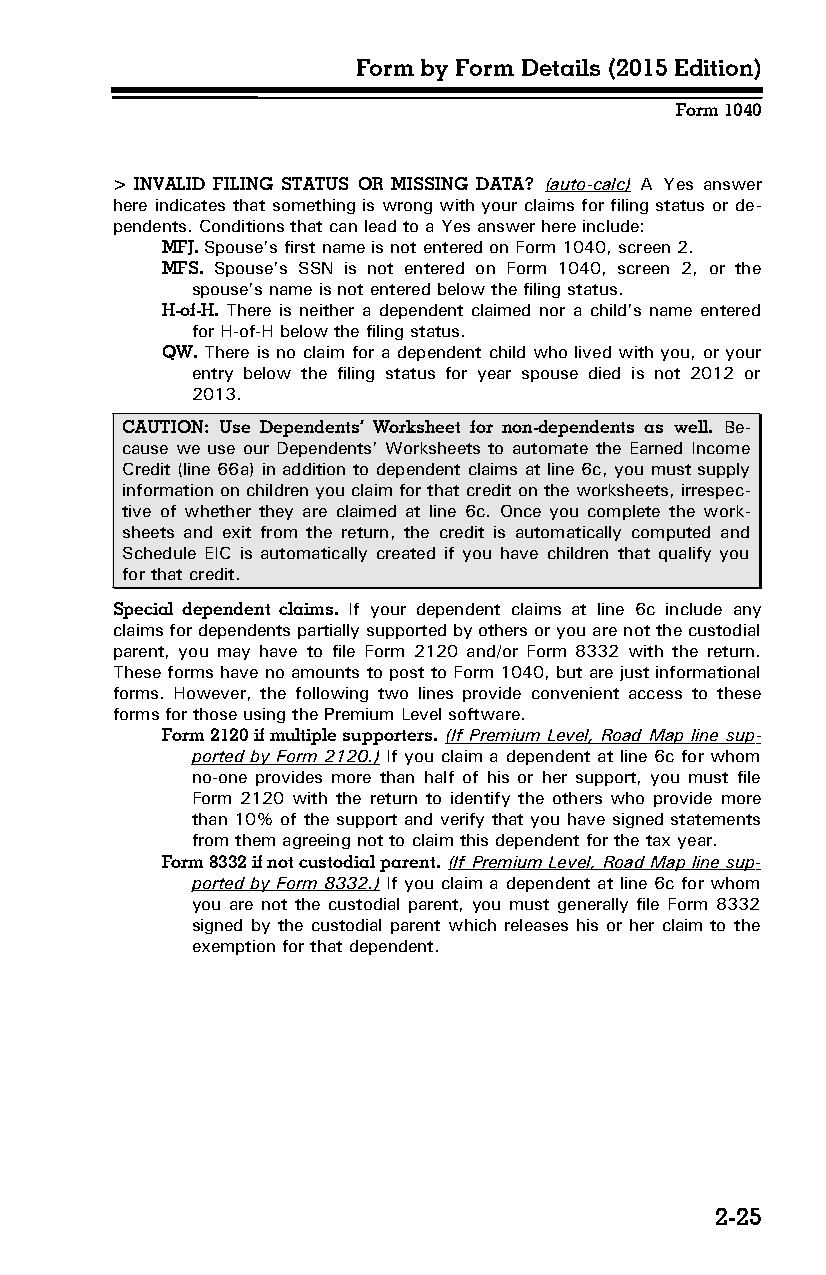
Form by Form Details (2015 Edition)
 Form 1040
 > INVALID FILING STATUS OR MISSING DATA? (auto-calc) A Yes answer
 here indicates that something is wrong with your claims for filing status or de­
 pendents. Conditions that can lead to a Yes answer here include:
 MFJ. Spouse’s first name is not entered on Form 1040, screen 2.
 MFS. Spouse’s SSN is not entered on Form 1040, screen 2, or the
 spouse’s name is not entered below the filing status.
 H-of-H. There is neither a dependent claimed nor a child’s name entered
 for H-of-H below the filing status.
 QW. There is no claim for a dependent child who lived with you, or your
 entry below the filing status for year spouse died is not 2012 or
 2013.
 CAUTION: Use Dependents’ Worksheet for non-dependents as well. Be­
 cause we use our Dependents’ Worksheets to automate the Earned Income
 Credit (line 66a) in addition to dependent claims at line 6c, you must supply
 information on children you claim for that credit on the worksheets, irrespec­
 tive of whether they are claimed at line 6c. Once you complete the work­
 sheets and exit from the return, the credit is automatically computed and
 Schedule EIC is automatically created if you have children that qualify you
 for that credit.
 Special dependent claims. If your dependent claims at line 6c include any
 claims for dependents partially supported by others or you are not the custodial
 parent, you may have to file Form 2120 and/or Form 8332 with the return.
 These forms have no amounts to post to Form 1040, but are just informational
 forms. However, the following two lines provide convenient access to these
 forms for those using the Premium Level software.
 Form 2120 if multiple supporters. (If Premium Level, Road Map line sup­
 ported by Form 2120.) If you claim a dependent at line 6c for whom
 no-one provides more than half of his or her support, you must file
 Form 2120 with the return to identify the others who provide more
 than 10% of the support and verify that you have signed statements
 from them agreeing not to claim this dependent for the tax year.
 Form 8332 if not custodial parent. (If Premium Level, Road Map line sup­
 ported by Form 8332.) If you claim a dependent at line 6c for whom
 you are not the custodial parent, you must generally file Form 8332
 signed by the custodial parent which releases his or her claim to the
 exemption for that dependent.
 2-25